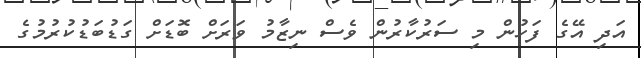
އަދި އޭގެ ފަހުން މި ސަރުކާރުން ވެސް ނިޒާމު ވަރަށް ބޮޑަށް ގަޑުބަޑުކުރުމުގެ